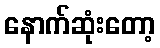
နောက်ဆုံးတော့